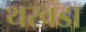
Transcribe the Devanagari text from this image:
थरवडा